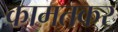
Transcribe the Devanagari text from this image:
कामतकर